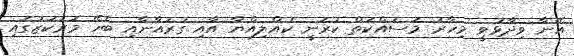
އޭނާ ވިދާޅުވީ މިހާރު މަސައްކަތް ކުރަނީ ކުއްލިއްޔާ އާއި ގުރުއާނާއި ބެހޭ މަރުކަޒުގައި